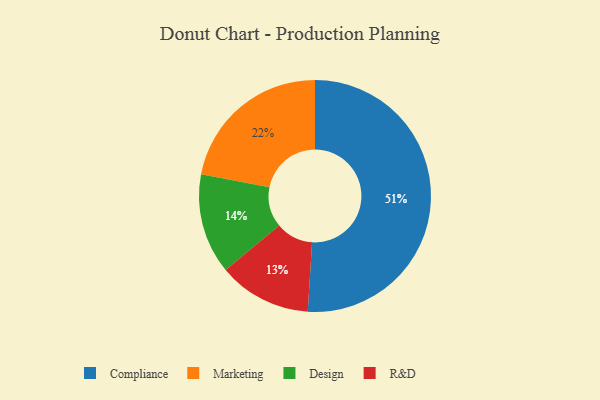
{"axis": {"x": "Category", "y": "Percentage"}, "legend": ["Compliance", "Design", "Marketing", "R&D"], "data": [{"x": "Marketing", "y": 22, "type": "Marketing"}, {"x": "Design", "y": 14, "type": "Design"}, {"x": "Compliance", "y": 51, "type": "Compliance"}, {"x": "R&D", "y": 13, "type": "R&D"}]}